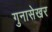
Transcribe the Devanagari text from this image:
गुनासेखर